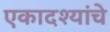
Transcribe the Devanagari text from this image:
एकादश्यांचे